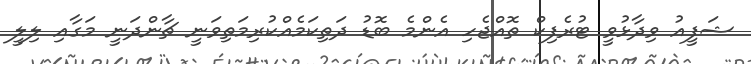
ޝަފީއު ވިދާޅުވީ ޓުރެފިކް ތޮއްޖެހި އެންމެ ބޮޑު ދަތިކަމެއްކުރިމަތިވަނީ ޗާންދަނީ މަގާއި ލިލީ